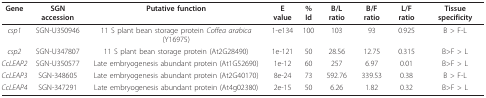
<table><thead><tr><td><b>Gene</b></td><td><b>SGN accession</b></td><td><b>Putative function</b></td><td><b>E value</b></td><td><b>% Id</b></td><td><b>B/L ratio</b></td><td><b>B/F ratio</b></td><td><b>L/F ratio</b></td><td><b>Tissue specificity</b></td></tr></thead><tbody><tr><td><i>csp1</i></td><td>SGN-U350946</td><td>11 S plant bean storage protein <i>Coffea arabica </i>(Y16975)</td><td>1-e134</td><td>100</td><td>103</td><td>93</td><td>0.925</td><td>B &gt; F-L</td></tr><tr><td><i>csp2</i></td><td>SGN-U347807</td><td>11 S plant bean storage protein (At2G28490)</td><td>1e-121</td><td>50</td><td>28.56</td><td>12.75</td><td>0.315</td><td>B&gt;F &gt; L</td></tr><tr><td><i>CcLEAP2</i></td><td>SGN-U350577</td><td>Late embryogenesis abundant protein (At1G52690)</td><td>1e-12</td><td>60</td><td>257</td><td>6.97</td><td>0.01</td><td>B&gt;F &gt; L</td></tr><tr><td><i>CcLEAP3</i></td><td>SGN-348605</td><td>Late embryogenesis abundant protein (At2G40170)</td><td>8e-24</td><td>73</td><td>592.76</td><td>339.53</td><td>0.38</td><td>B &gt; F-L</td></tr><tr><td><i>CcLEAP4</i></td><td>SGN-347291</td><td>Late embryogenesis abundant protein (At4g02380)</td><td>2e-15</td><td>50</td><td>6.26</td><td>1.82</td><td>0.32</td><td>B&gt;F &gt; L</td></tr></tbody></table>